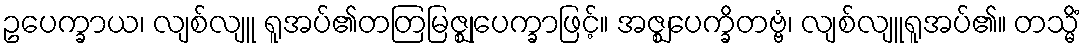
ဥပေက္ခာယ၊ လျစ်လျူ ရူအပ်၏တတြမြဇ္ဈုပေက္ခာဖြင့်။ အဇ္ဈပေက္ခိတဗ္ဗံ၊ လျစ်လျူရူအပ်၏။ တသ္မိံ